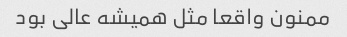
ممنون واقعا مثل همیشه عالی بود